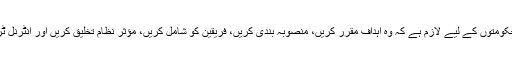
اس کے علاوہ، فیصلہ سازی کے لیے کارآمد معلومات کے حصول میں حکومتوں کے لیے لازم ہے کہ وہ اہداف مقرر کریں، منصوبہ بندی کریں، فریقین کو شامل کریں، مؤثر نظام تخلیق کریں اور انٹرنل ٹریننگ سمیت، جو مستعدی سے بڑھ کر ہو، درست مہارتوں کو ترقی دیں۔